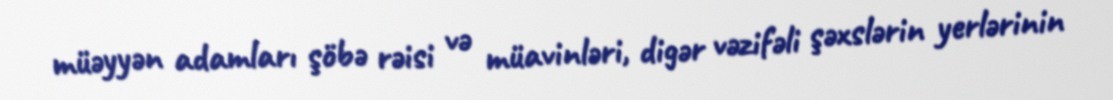
müəyyən adamları şöbə rəisi və müavinləri, digər vəzifəli şəxslərin yerlərinin